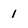
Character: 1